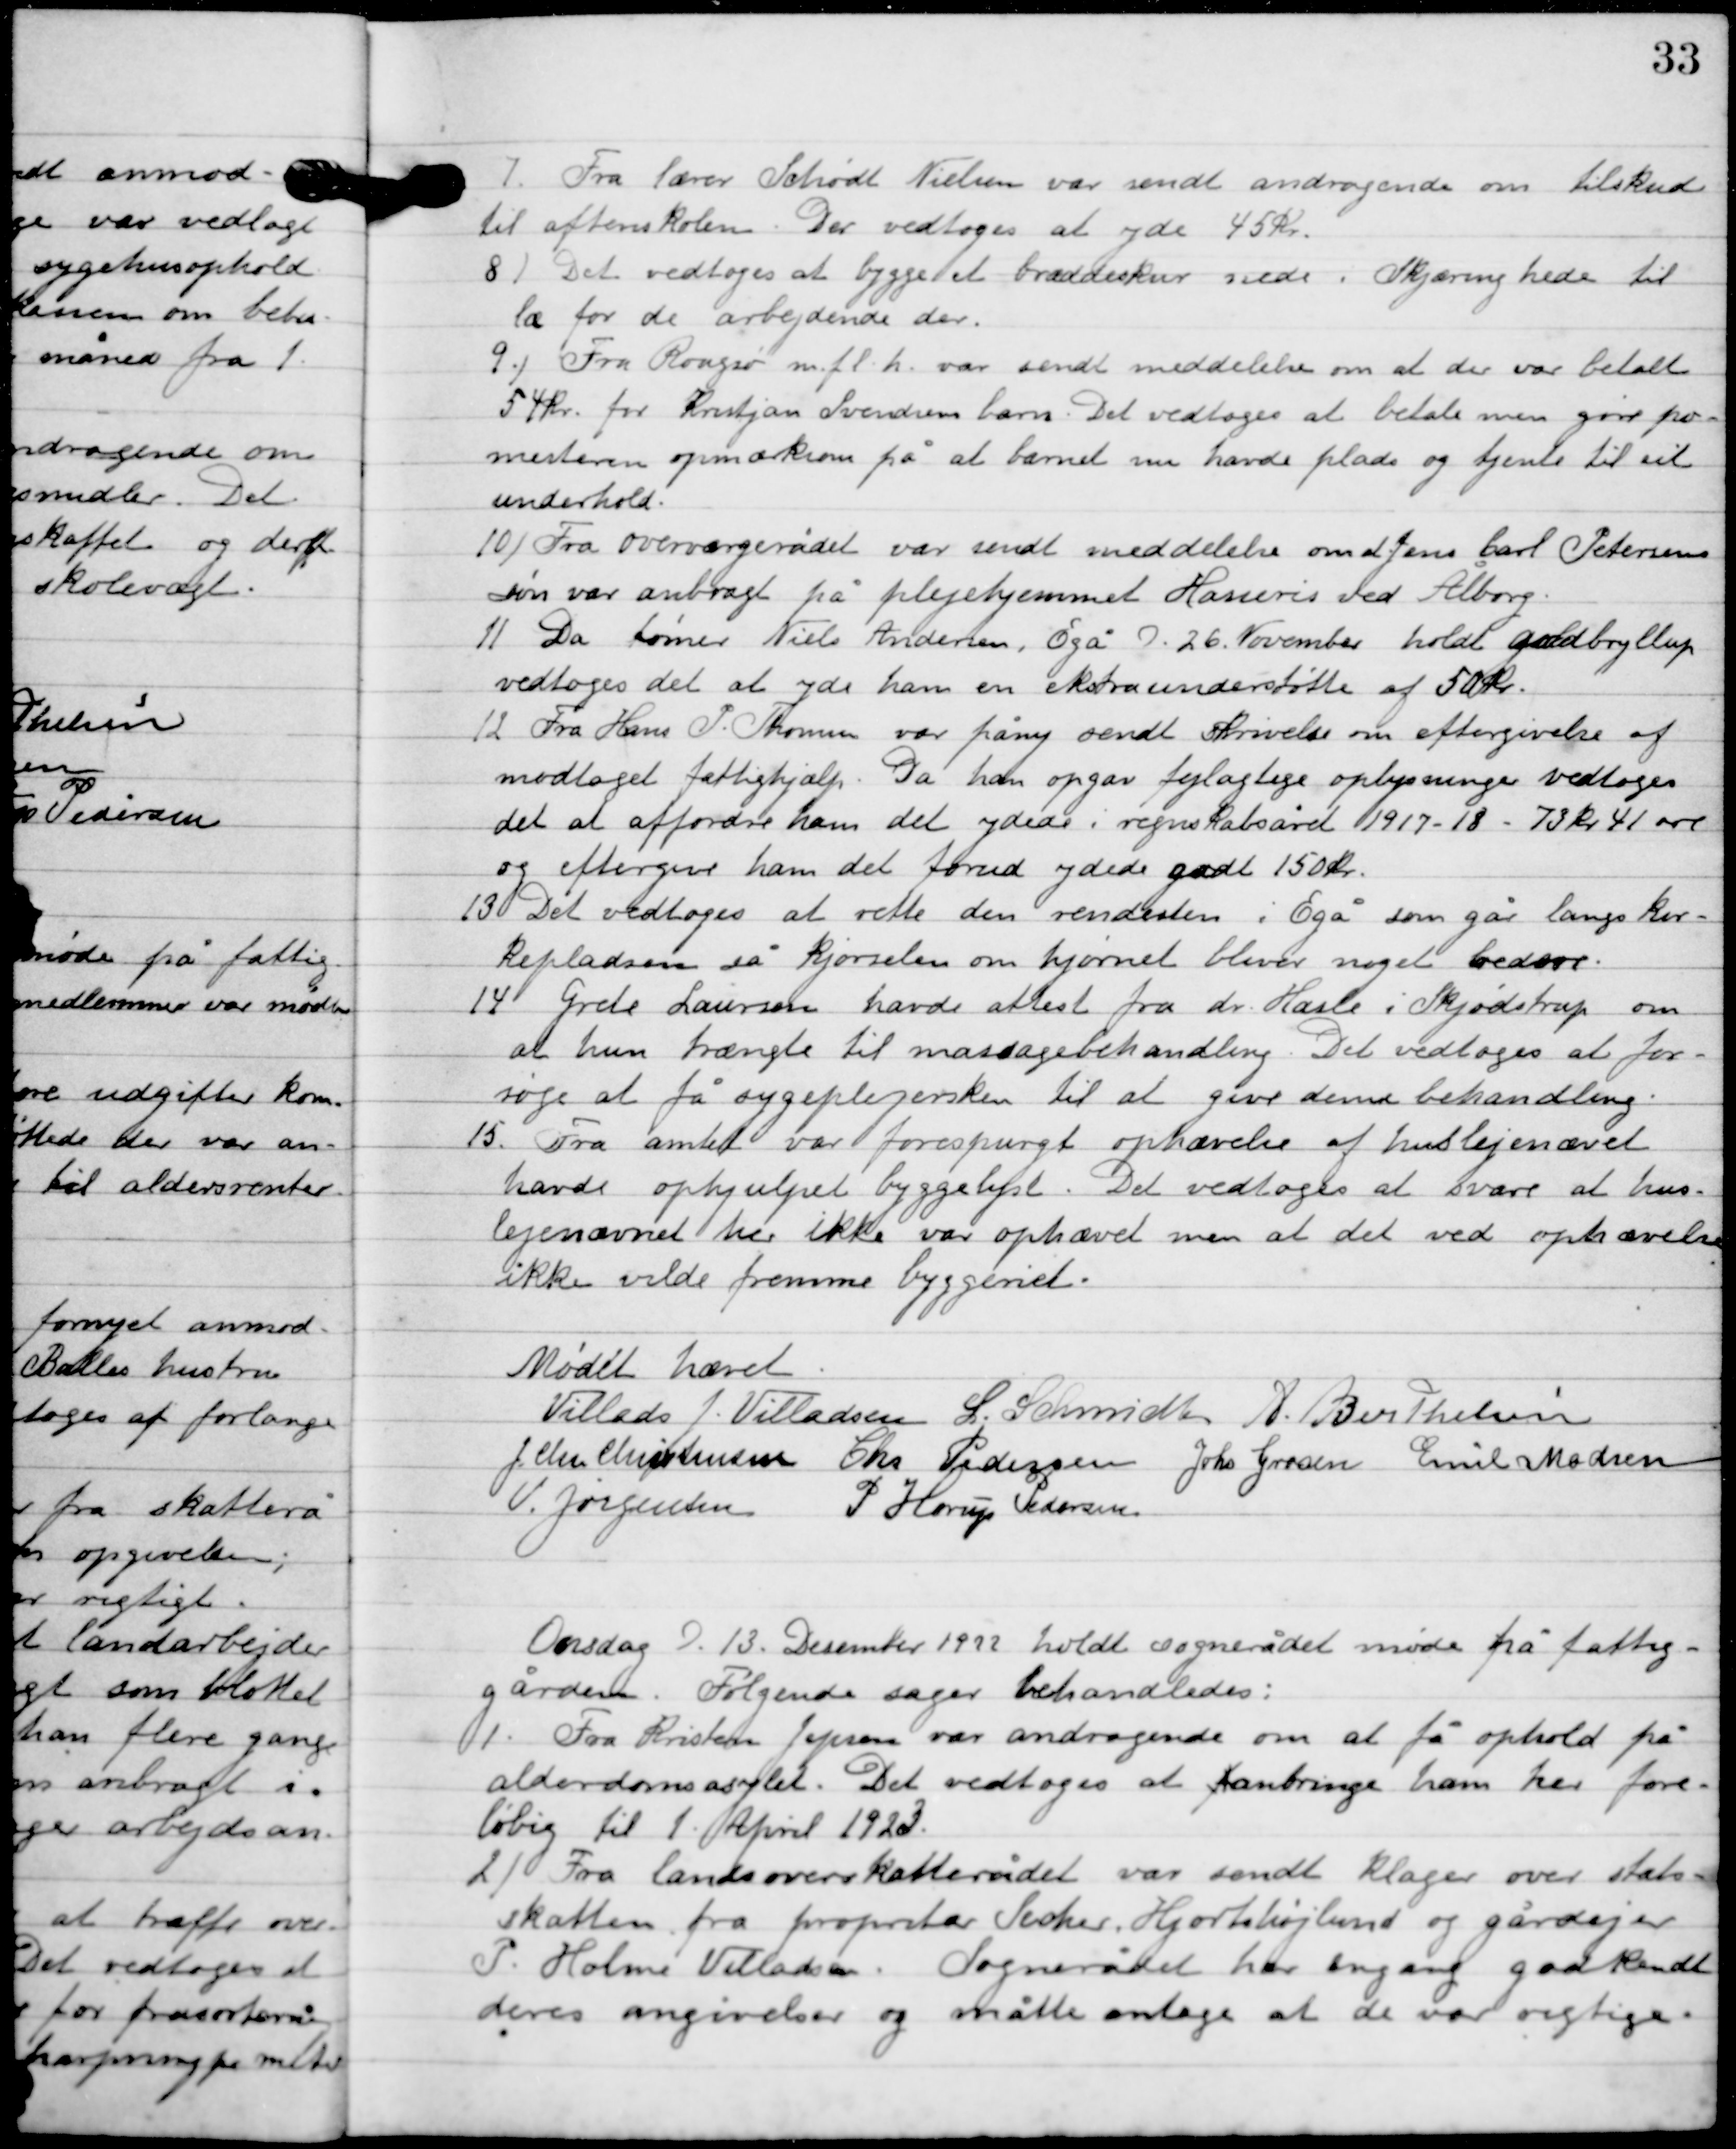
Transskription:
7

Fra lærer Schødt Nielsen var sendt andragende om tilskud
til aftenskolen. Der vedtoges at yde 45 kr.

8

Det vedtoges at bygge et bræddeskur nede i Skjæring hede til 
læ for de arbejdende der.

9

Fra Rougsø m. fl. h. var sendt meddelelse om at der var betalt 
54 kr. for Kristjan Svendsens barn. Det vedtoges at betale men give pos-
mesteren opmærksom på at barnet nu havde plads og tjente til sit 
underhold.

10

Fra overværgerådet var sendt meddelelse om at Jens Carl Petersens
søn var anbragt på plejehjemmet Hasseris ved Ålborg.

10

Da tømer Niels Andersen, Egå D. 26. November holdt guldbryllup
vedtoges det at yde ham en ekstraunderstøtte af 50 kr.

12

Fra Hans P. Thomsen var på ny sendt skrivelse om eftergivelse af
modtaget fattighjælp. Da han opgav fejlagtige oplysninger vedtoges
det at affordre ham det ydede. I regnskabsåret 1917-18 73 kr. 41 øre
og eftergive ham det forud ydede godt 150 kr.

13

Det vedtoges at rette den rendesten i Egå som går langs kir-
kepladsen så kjørslen om hjørnet bliver noget bedre.

14

Grete Laursen havde attest fra dr. Hasle i Skjødstrup om
at hun trænge til massagebehandling. Det vedtoges at for-
søge at få sygeplejersken til at give denne behandling.

15

Fra amtet var forespurgt ophævelse af huslejenævnet
havde ophjulpet byggelyst. Da vedtoges at svare at huslejenævnet
her ikke var ophævet men at det ved ophævelse
ikke vilde fremme byggeriet.

Mødet hævet

Villads J. Villadsen
L. Schmidt
A. Berthelsen
I. Chr. Christensen
Chr. PedersenChr. Pedersen
Johs. Grosen
Emil Madsen
V. Jørgensen
P. Horup Pedersen

Onsdag D. 13. December 1922 holdt sognerådet møde på fattig-
gården. Følgende sager behandledes.

1

Fra Kristen Jensen var andragende om at få opholdet på
anderdoms asylet. Det vedtoges at anbringe ham her fore-
løbig til 1. April 1923.

2

Fra landsoverskatterådet var sendt klager over stats-
skatten fra proprietær Secher, Hjortshøjlund og gårdejer 
P. Holme Villadsen. Sognerådet har engang godkendt
deres angivelser og måtte antage at de var rigtige.